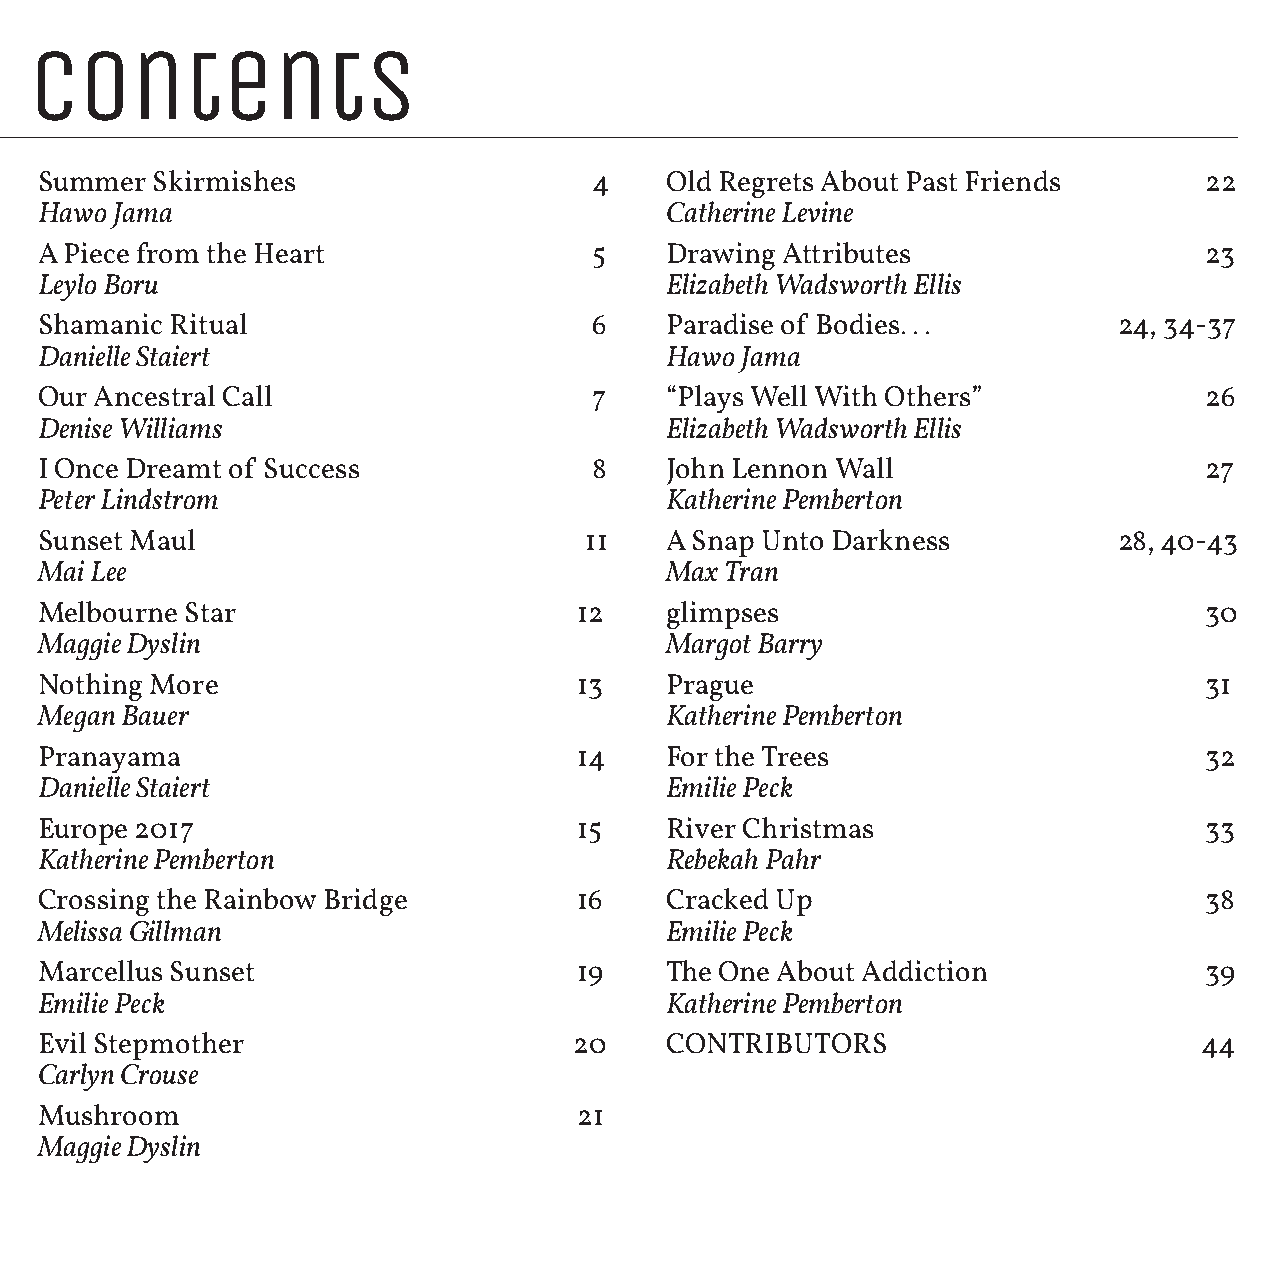
Contents
 Summer  Skirmishes                   4    Old Regrets About Past Friends      22
 Hawo Jama                                 Catherine Levine
 A Piece from the Heart               5    Drawing Attributes                  23
 Leylo Boru                                Elizabeth Wadsworth Ellis
 Shamanic Ritual                      6    Paradise of Bodies...         24, 34-37
 Danielle Staiert                          Hawo Jama
 Our Ancestral Call                   7    “Plays Well With Others”            26
 Denise Williams                           Elizabeth Wadsworth Ellis
 I Once Dreamt of Success             8    John Lennon Wall                    27
 Peter Lindstrom                           Katherine Pemberton
 Sunset Maul                          11   A Snap Unto Darkness          28, 40-43
 Mai Lee                                   Max Tran
 Melbourne Star                      12    glimpses                            30
 Maggie Dyslin                             Margot Barry
 Nothing More                        13    Prague                              31
 Megan Bauer                               Katherine Pemberton
 Pranayama                           14    For the Trees                       32
 Danielle Staiert                          Emilie Peck
 Europe 2017                         15    River Christmas                     33
 Katherine Pemberton                       Rebekah Pahr
 Crossing the Rainbow Bridge         16    Cracked Up                          38
 Melissa Gillman                           Emilie Peck
 Marcellus Sunset                    19    The One About Addiction             39
 Emilie Peck                               Katherine Pemberton
 Evil Stepmother                     20    CONTRIBUTORS                        44
 Carlyn Crouse
 Mushroom                            21
 Maggie Dyslin